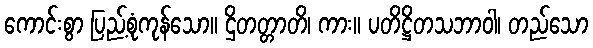
ကောင်းစွာ ပြည့်စုံကုန်သော။ ဌိတတ္တာတိ၊ ကား။ ပတိဋ္ဌိတသဘာဝါ၊ တည်သော